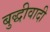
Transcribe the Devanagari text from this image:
बुद्धीवादी